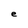
Character: e